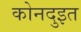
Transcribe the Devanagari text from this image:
कोनदुइत